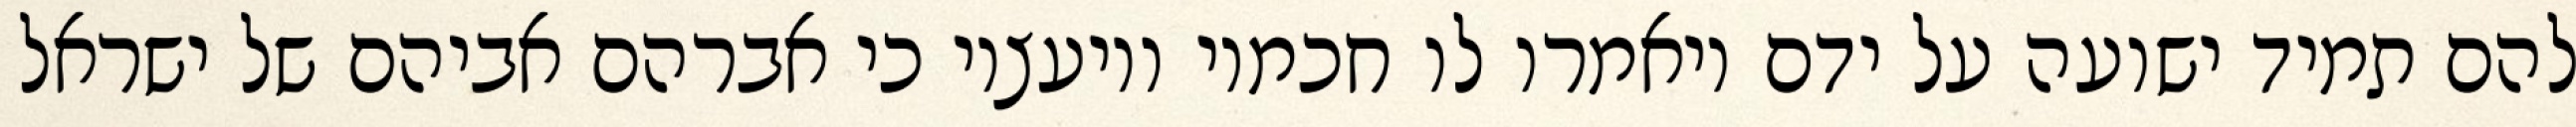
להם תמיד ישועה על ידם ויאמרו לו חכמיו ויועציו כי אברהם אביהם של ישראל